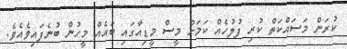
ކުރަން މަސައްކަތް ކުރި ފުލުހެއް ކަމަށް މީސް މީޑިއާގައި ބައެއް މީހުން ބުނެފައިވެއެވެ.